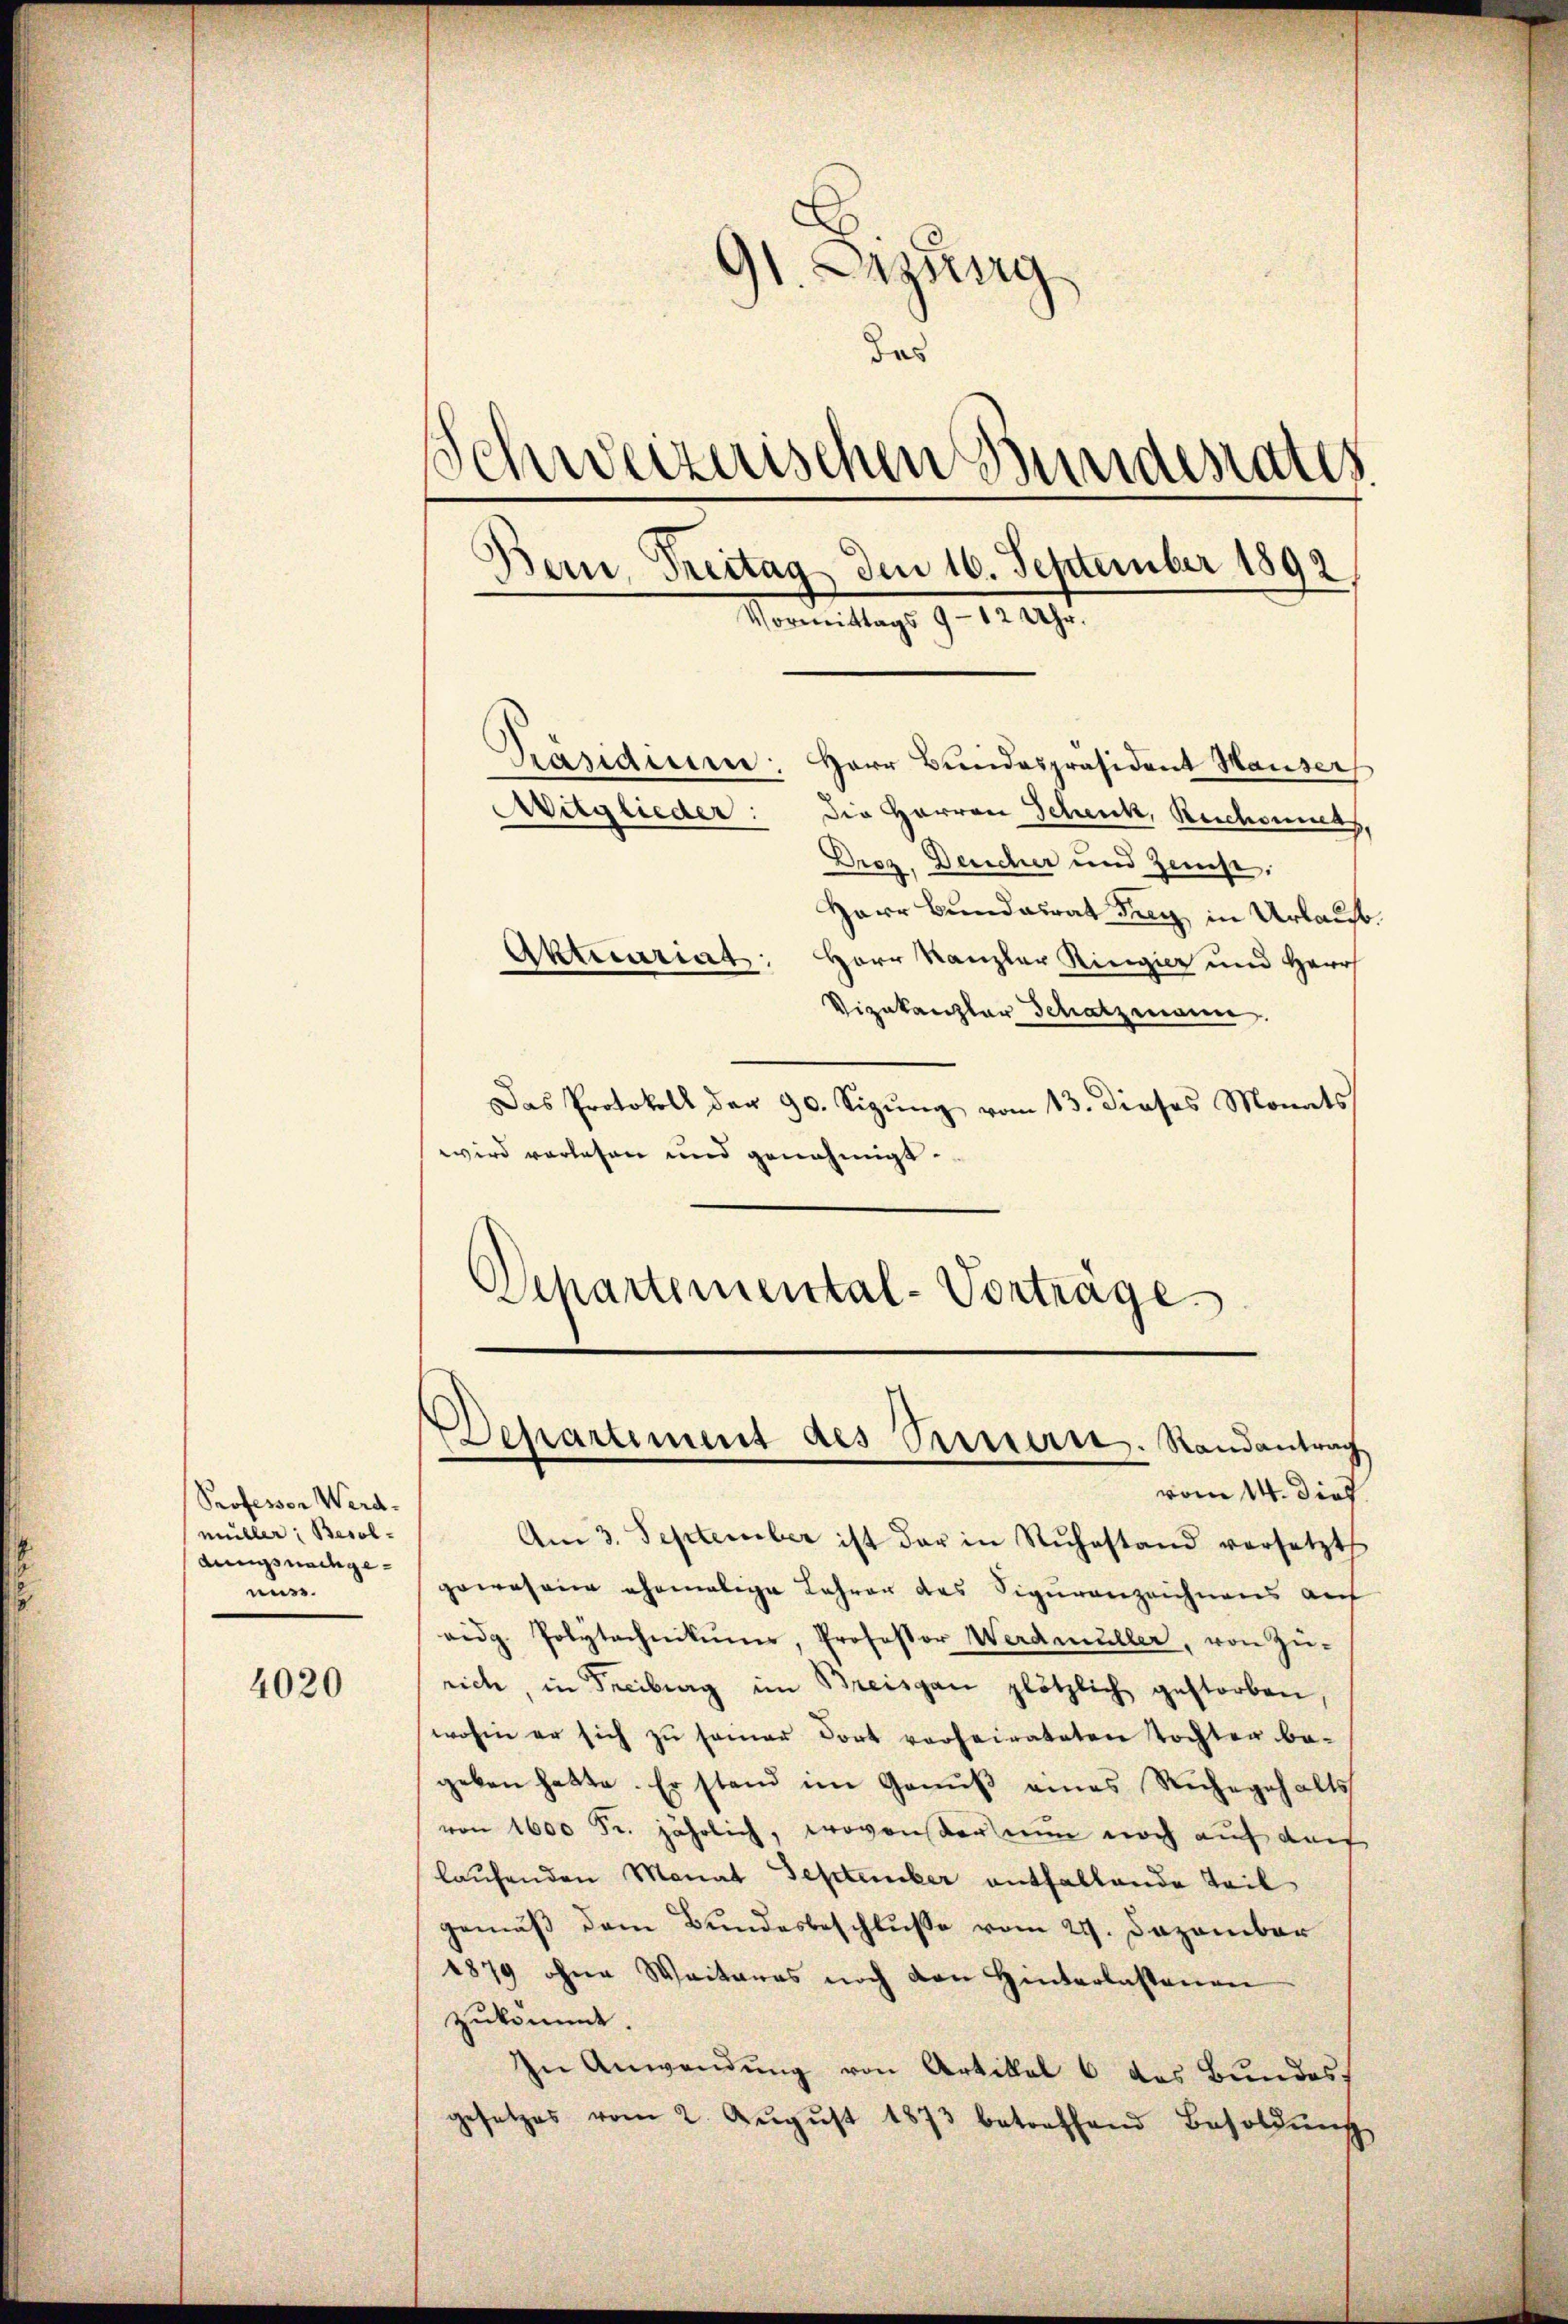
Professor Werd.
müller Besoldungsnachgemuss.

4020

.
9
Lizung
das
Schweizerischen Bundesrates
.
Bern, Treitag dem 16. September 1892,
Vormittags 9 - 12 Uhr.

Herr Bundespräsident Hauser
Mitglieder: Die Herren Schenk, Reichenmas,
Droz. Deucher und Zins,
Herr Bundalrat Frey in Urlauf¬
Aktecariat: Herr Kanzler Ringier und Herr
Vizakanzlar Schatzmann.
Das Protokoll der 90. Sizung vom 13. dieses Monats
wird vorlesen und genehmigt.
Departemental-Vorträge

Präsiden:

vom 14. dies
Am 3. September ist dar in Rŭhestand versetzt
gewesen ehemalige Lehren des Siguranzeichnens auf
eidg. Polytechnikums, Professor Werdmüller, von Zŭ-
rich, in Freiburg im Breisgau plötzlich gestorben,
wohin er sich zu samer dort vorheirateten Tochten be-
geben hatte. Er stand im Ganŭβ eines Ruhegehalts
von 1600 Fr. jährlich, wovonser nun noch auf auf
laufenden Monat September enthaltende Teil
gemäß dem Bundesbeschluße vom 21. Dezember
1879 ohne Weiteres noch den Hinterlassenen
zukommt.
In Anwendung von Artikel 6 des Bundes
gesetzes vom 2. Aŭgŭst 1873 betreffend Besoldŭng

Departiment des Preuern. Randantrag